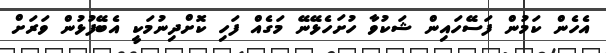
އެހެން ކަމުން ފަސޭހައިން ޝަކުވާ ހުށަހެޅޭނޭ މަގެއް ފަހި ކޮށްދިނުމަކީ އެބޭފުޅުން ވަރަށް